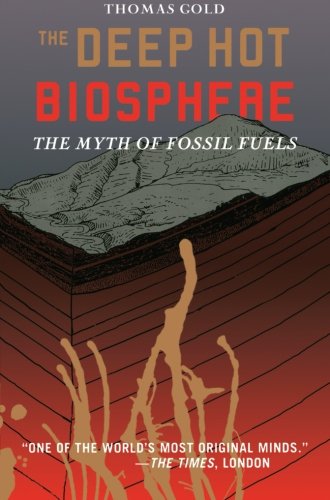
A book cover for The Deep Hot Biosphere: The Myth of Fossil Fuels; Thomas Gold; Science & Math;